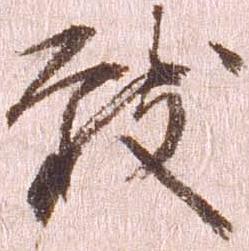
致